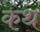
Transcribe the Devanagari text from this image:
कंथ